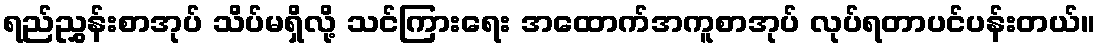
ရည်ညွှန်းစာအုပ် သိပ်မရှိလို့ သင်ကြားရေး အထောက်အကူစာအုပ် လုပ်ရတာပင်ပန်းတယ်။